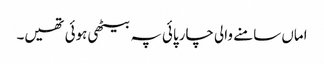
اماں سامنے والی چارپائی پہ بیٹھی ہوئی تھیں۔